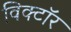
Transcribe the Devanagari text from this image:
विक्टॉर